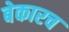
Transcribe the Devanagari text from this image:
बेकारच